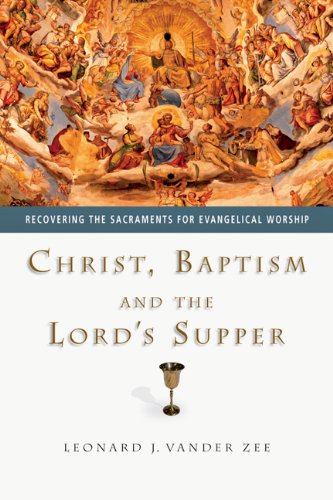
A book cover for Christ, Baptism and the Lord's Supper: Recovering the Sacraments for Evangelical Worship; Leonard J. Vander Zee; Christian Books & Bibles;